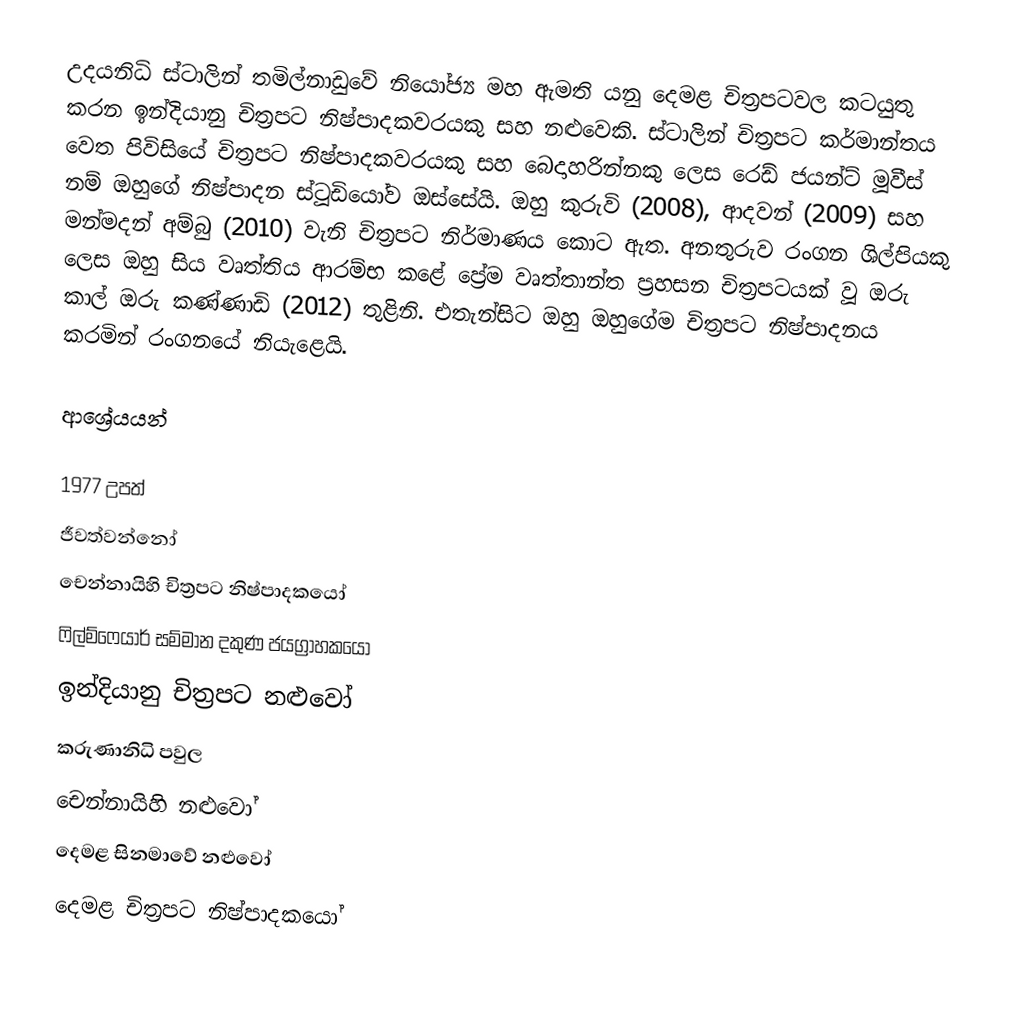
උදයනිධි ස්ටාලින් තමිල්නාඩුවේ නියෝජ්‍ය මහ ඇමති යනු දෙමළ චිත්‍රපටවල කටයුතු කරන ඉන්දියානු චිත්‍රපට නිෂ්පාදකවරයකු සහ නළුවෙකි. ස්ටාලින් චිත්‍රපට කර්මාන්තය වෙත පිවිසියේ චිත්‍රපට නිෂ්පාදකවරයකු සහ බෙදාහරින්නකු ලෙස රෙඩ් ජයන්ට් මූවීස් නම් ඔහුගේ නිෂ්පාදන ස්ටූඩියෝව ඔස්සේයි. ඔහු කුරුවි (2008), ආදවන් (2009) සහ මන්මදන් අම්බු (2010) වැනි චිත්‍රපට නිර්මාණය කොට ඇත. අනතුරුව රංගන ශිල්පියකු ලෙස ඔහු සිය වෘත්තිය ආරම්භ කළේ ප්‍රේම වෘත්තාන්ත ප්‍රහසන චිත්‍රපටයක් වූ ඔරු කාල් ඔරු කණ්ණාඩි (2012) තුළිනි. එතැන්සිට ඔහු ඔහුගේම චිත්‍රපට නිෂ්පාදනය කරමින් රංගනයේ නියැළෙයි.

ආශ්‍රේයයන්

1977 උපත්
ජීවත්වන්නෝ
චෙන්නායිහි චිත්‍රපට නිෂ්පාදකයෝ
ෆිල්ම්ෆෙයාර් සම්මාන දකුණ ජයග්‍රාහකයෝ
ඉන්දියානු චිත්‍රපට නළුවෝ
කරුණානිධි පවුල
චෙන්නායිහි නළුවෝ
දෙමළ සිනමාවේ නළුවෝ
දෙමළ චිත්‍රපට නිෂ්පාදකයෝ